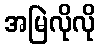
အမြဲလိုလို